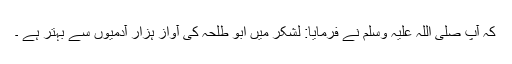
کہ آپ صلی اللہ علیہ وسلم نے فرمایا: لشکر میں ابو طلحہ کی آواز ہزار آدمیوں سے بہتر ہے ۔